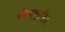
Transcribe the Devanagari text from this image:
कोकबुराहै।